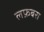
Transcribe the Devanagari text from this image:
लफ़बरा